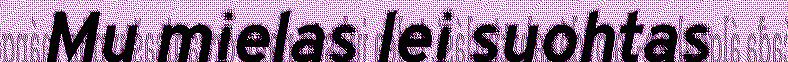
Mu mielas lei suohtas